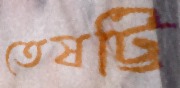
তেষট্টি